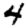
Digit: 4